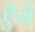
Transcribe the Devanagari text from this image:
एैसे